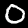
Label: 0